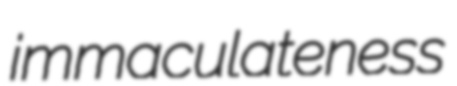
immaculateness